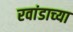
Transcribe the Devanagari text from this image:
रवांडाच्‍या